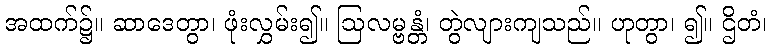
အထက်၌။ ဆာဒေတွာ၊ ဖုံးလွှမ်း၍။ ဩလမ္ဗန္တံ၊ တွဲလျားကျသည်။ ဟုတွာ၊ ၍။ ဌိတံ၊